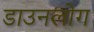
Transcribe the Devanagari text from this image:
डाउनलोग